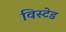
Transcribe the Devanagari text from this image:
विस्टेड